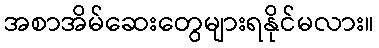
အစာအိမ်ဆေးတွေများရနိုင်မလား။